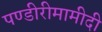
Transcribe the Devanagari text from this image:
पण्डीरीमामीदी